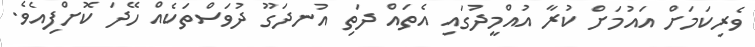
ވެރިކަމަށް އައުމަށް ކުރާ އުއްމީދުގައި އެތައް ދަތި އުނދަގޫ ދުވަސްތަކެއް ހޭދަ ކޮށްފިއެވެ.